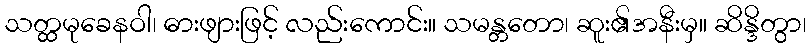
သတ္ထမုခေနဝါ၊ ဓားဖျားဖြင့် လည်းကောင်း။ သမန္တတော၊ ဆူး၏အနီးမှ။ ဆိန္ဒိတွာ၊